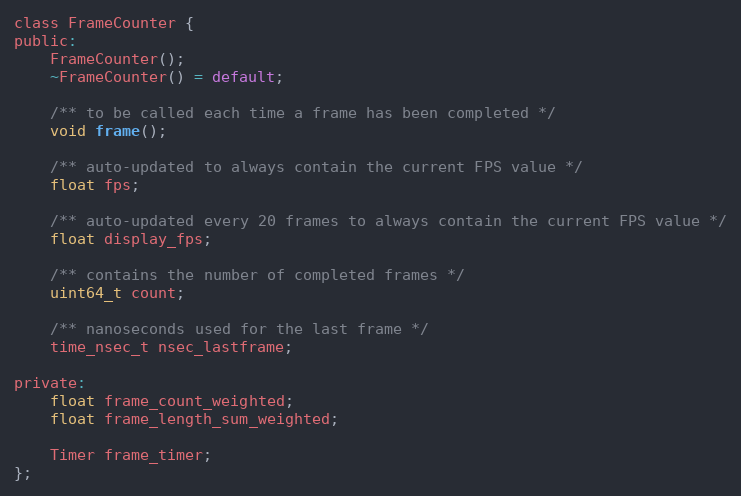
Language: C
class FrameCounter {
public:
	FrameCounter();
	~FrameCounter() = default;

	/** to be called each time a frame has been completed */
	void frame();

	/** auto-updated to always contain the current FPS value */
	float fps;

	/** auto-updated every 20 frames to always contain the current FPS value */
	float display_fps;

	/** contains the number of completed frames */
	uint64_t count;

	/** nanoseconds used for the last frame */
	time_nsec_t nsec_lastframe;

private:
	float frame_count_weighted;
	float frame_length_sum_weighted;

	Timer frame_timer;
};